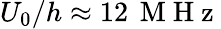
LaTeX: U_{0}/h\approx 12\, \mathrm{~M~H~z~}